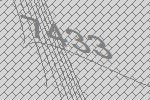
7433